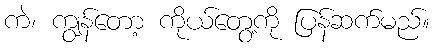
ကဲ၊ ကျွန်တော့ ကိုယ်တွေ့ကို ပြန်ဆက်မည်။